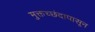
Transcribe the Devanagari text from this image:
मुक्तच्‍छंदापासून